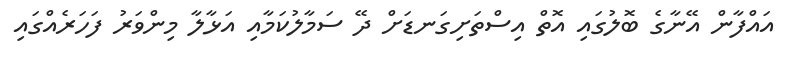
އައްފާން އޭނާގެ ބޮލުގައި އޮތް އިސްތަށިގަނޑަށް ދޭ ސަމާލުކަމާއި އަޅާލާ މިންވަރު ފަހަރެއްގައި